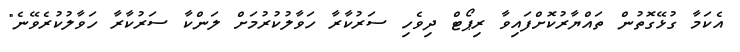
އެކަމާ ގުޅޭގޮތުން ތައްޔާރުކޮށްފައިވާ ރިޕޯޓް ދިވެހި ސަރުކާރާ ހަވާލުކުރުމަށް ލަންކާ ސަރުކާރާ ހަވާލުކުރެވޭނެ"